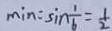
\min = \sin \frac { 1 } { 6 } = \frac { 1 } { 2 }